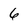
Character: 6